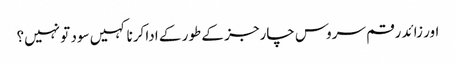
اور زائد رقم سروس چارجز کے طور کے ادا کرنا کہیں سود تو نہیں؟